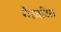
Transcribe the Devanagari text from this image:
गैरजटिल